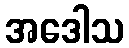
အဒေါသ